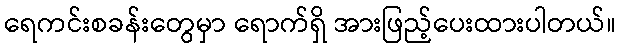
ရေကင်းစခန်းတွေမှာ ရောက်ရှိ အားဖြည့်ပေးထားပါတယ်။